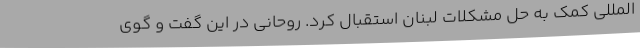
المللی کمک به حل مشکلات لبنان استقبال کرد. روحانی در این گفت و گوی